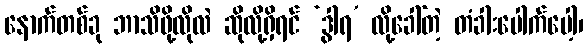
နောက်တစ်ခု ဘာသိဖို့လိုလဲ ဆိုလို့ရှိရင် ‘ဒွါရ’ လို့ခေါ်တဲ့ တံခါးပေါက်ပေါ့၊